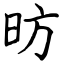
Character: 昉